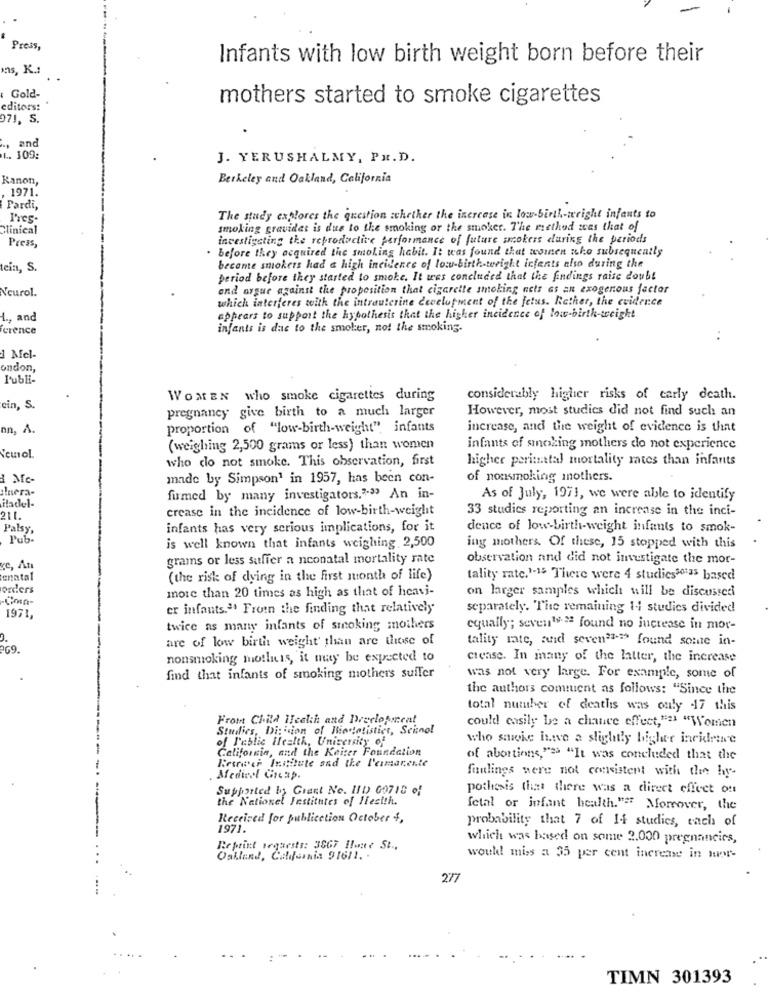
Press,
Infants with low birth weight born before their
mas, K .:
Gold-
mothers started to smoke cigarettes
editors:
971, S.
, and
L. 109:
J. YERUSHALMY, PH. D.
Kanon,
Berkeley and Oakland, California
1971.
Pardi,
Pres-
The study explores the question whether the increase in low-birth-wright infants to
Clinical
smoking gravidet is dus to the smoking or the smoker. The method was that of
investigating the reproductive performance of future arcokers during the periods
Press,
. before they acquired the smoking habit. It was found that women who subsequently
cin, S.
become smokers had a high incidence of low-birth-teright infants also during the
period before they started to smoke. It was concluded that the findings raise doubt
Neurol.
and argue against the proposition that cigarette smoking acts as an exogenous factor
which interferes with the intrauterine development of the fetus. Rather, the evidence
1 ., and
appears to support the hypothesis that the higher incidence of low-birth-weight
crence
infants is dac to the smoker, not the smoking.
d Mel-
ondon,
L'ubli-
WOMEN who smoke cigarettes during
considerably higher risks of early death.
cin, S.
pregnancy give birth to a much larger
However, most studies did not find such an
nn, A.
proportion of "low-birth-weight", infants
increase, and the weight of evidence is that
(weighing 2,500 grams or less) than women
infants of smoking mothers do not experience
Neurol.
who do not smoke. This observation, first
higher porimetal mortality rates than infants
a Mc-
made by Simpson1 in 1957, has been con-
of nonsmoking mothers.
ilnera-
fumed by many investigators."33 An in-
As of July, 1971, we were able to identify
iladel-
crease in the incidence of low-birth-weight
33 studies reporting an increase in the inci-
211.
Palsy,
infants has very serious implications, for it
dence of low birth-weight infants to smok-
Pub-
is well known that infants weighing 2,500
ing mothers Of these, 15 stopped with this
grams or less suffer a neonatal mortality rate
observation and did not investigate the mor-
ve, An
enatal
(the risk of dying in the first month of life)
tality rate.1-15 There were 4 studies30135 based
orders
more than 20 times as high as that of heavi-
on larger samples which will be discussed
er infants." From the finding that relatively
separately. The remaining 14 studies divided
1971
twice as many infants of smoking mothers
equally; seven1- 2 found no increase in mor-
are of low birth weight' than are those of
tality rate, suid seven3">> found some in-
69.
nonsmoking mothis, it may be expected to
crease. In many of the latter, the increase
find that infants of smoking mothers suffer
was not very large. For example, some of
the authors comment as follows: "Since the
total number of deaths was only -47 this
From Child Health and Precloporcal
could easily be a chance effect,"2 "Women
Studies, Division of Bonolistier, Seinol
of Public Health, University of
who sawke ineve a slightly higher inekdrewve
California, and the Keiter Foundation
Retwee Institute and the l'armarente
of abortions,"> "It was concluded that the
fuulings were not consistent with the by-
Medirel Group.
Supported by Grant No. IID 09710 of
pothesis that there was a direct effect on
the Nationel Jestitutes of Hesith.
fetal or infant health."# Moreover, the
Received for publicction October i,
probability that 7 of If studies, each of
1971.
which was based on some 2.000 pregnancies,
Reprint sequests: 3067 Ilone St .,
Oakland, California 91611. .
would! miss a 35 per cent increase in nor-
277
TIMN 301393